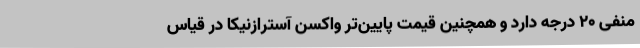
منفی ۲۰ درجه دارد و همچنین قیمت پایین‌تر واکسن آسترازنیکا در قیاس